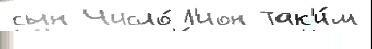
сын Число́ Л'ион Так'и́м